Annual administration report of the Civil Veterinary Department of India - 1895-1896
Year: 1895
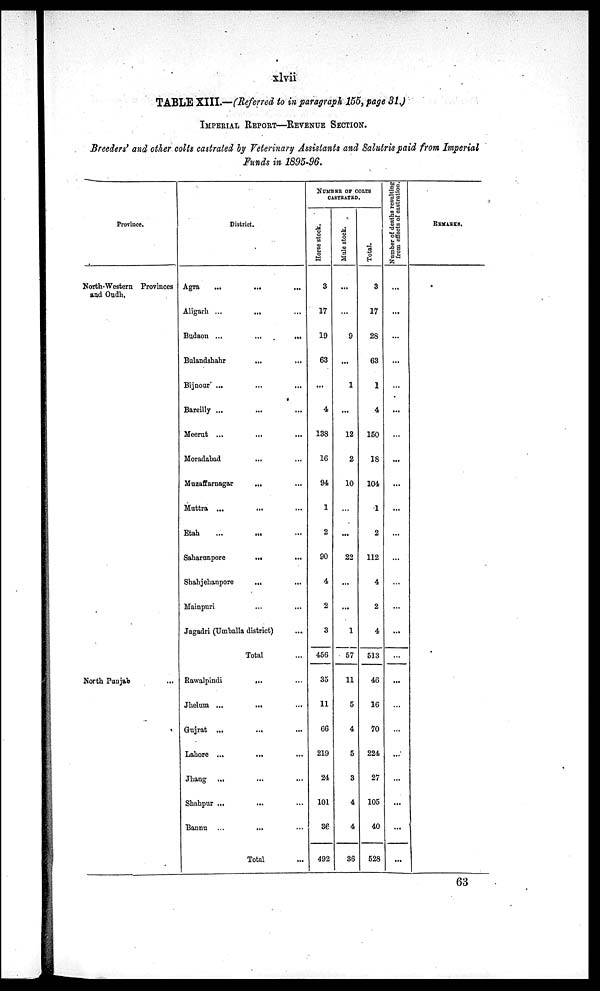
xlvii
TABLE XIII.—(Referred to in paragraph 155, page 31)
IMPERIAL REPORT—REVENUE SECTION..
Breeders' and other colts castrated by Veterinary Assistants and Salutris paid from Imperial
Funds in 1895-96.
Province.
North-Western Provinces
and Oudh.
North Punjab
District.
Agra
... ...
Aligarh ... ...
Budaou ... ...
Bulandshahr ... ...
Bijnour ... ...
Bareilly ... ...
Meerat ... ...
Moradabad ... ...
Muzaffarnagar ... ...
Muttra ... ...
Etah ... ...
Saharunpore ... ...
Shahjehanpore ... ...
Mainpuri ... ...
Jagadri (Umballa district) ...
Total ...
Rawalpindi ... ... ...
Jhelum ... ... ...
Gujrat ... ... ...
Lahore ... ... ...
Jhang ... ... ...
Shahpur ... ... ...
Bannu ... ... ...
Total
... ... ...
NUMBER OF COLTS
CASTRATED.
Horse stock.
3
17
19
63
...
4
138
16
94
1
2
90
4
2
3
456
35
11
66
219
24
101
36
492
Mule stock.
...
...
9
...
1
...
12
2
10
...
...
22
...
...
1
57
11
5
4
5
3
4
4
36
Total.
3
17
28
63
1
4
150
18
104
1
2
112
4
2
4
513
46
16
70
224
27
105
40
528
Number of deaths resulting
from effects of castration.
...
....
...
...
...
...
...
...
...
...
...
...
...
...
...
...
...
...
...
...
...
...
...
REMARKS.
63